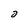
Character: 0